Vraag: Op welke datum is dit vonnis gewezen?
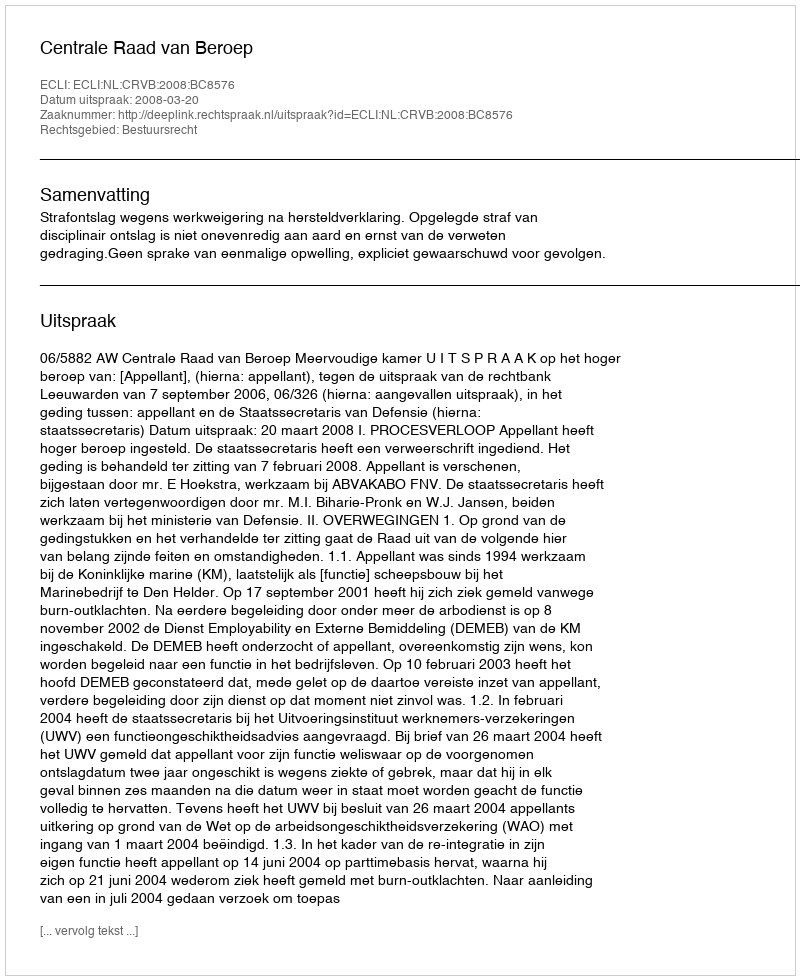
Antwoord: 2008-03-20